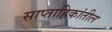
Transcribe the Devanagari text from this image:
साप्ताहिकांतील